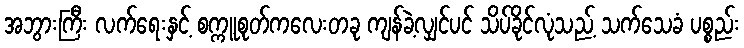
အဘွားကြီး လက်ရေးနှင့် စက္ကူစုတ်ကလေးတခု ကျန်ခဲ့လျှင်ပင် သိပ်ခိုင်လုံသည့် သက်သေခံ ပစ္စည်း